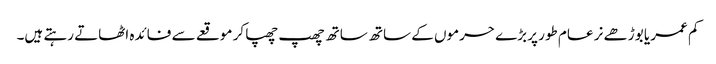
کم عمر یا بوڑھے نر عام طور پر بڑے حرموں کے ساتھ ساتھ چھپ چھپا کر موقعے سے فائدہ اٹھاتے رہتے ہیں۔